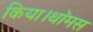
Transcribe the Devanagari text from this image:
किया।थॉमस